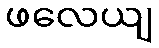
ဖလေယျ